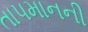
તાપમાનની